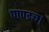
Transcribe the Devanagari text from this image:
पाण्ड्य।